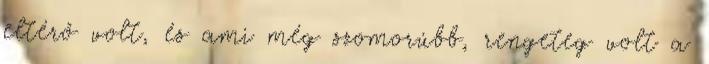
eltérő volt, és ami még szomorúbb, rengeteg volt a